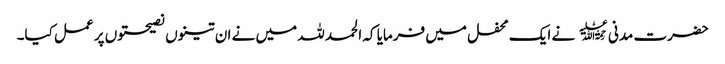
حضرت مدنی﷫ نے ایک محفل میں فرمایا کہ الحمد للہ میں نے ان تینوں نصیحتوں پر عمل کیا۔